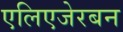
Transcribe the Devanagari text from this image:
एलिएजेरबन